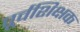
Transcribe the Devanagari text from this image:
पूर्वशिक्षक